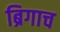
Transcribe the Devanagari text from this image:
ब्रिगाच